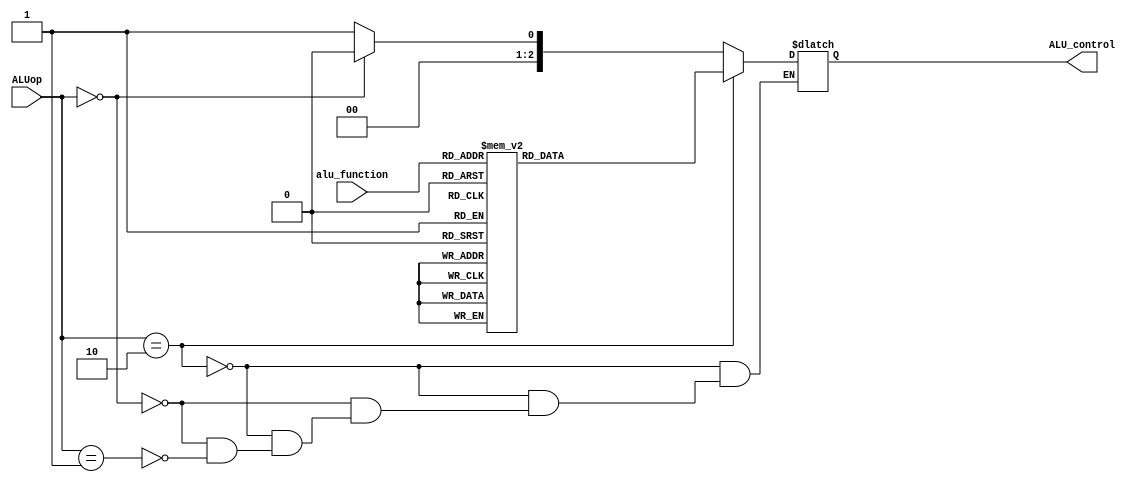
`timescale 1ns/1ns

`define S0 5'd0
`define S1 5'd1
`define S2 5'd2
`define S3 5'd3
`define S4 5'd4
`define S5 5'd5
`define S6 5'd6
`define S7 5'd7
`define S8 5'd8
`define S9 5'd9
`define S10 5'd10
`define S11 5'd11
`define S12 5'd12
`define S13 5'd13
`define S14 5'd14
`define S15 5'd15
`define S16 5'd16

`define ADD 3'd0
`define SUB 3'd1
`define RSB 3'd2
`define AND 3'd3
`define NOT 3'd4
`define TST 3'd5
`define CMP 3'd6
`define MOV 3'd7

`define DPI 2'd2
`define DTI 2'd0
`define BI 2'd1

module ALU_controller(ALUop, alu_function, ALU_control);
	input [1:0] ALUop;
	input [2:0] alu_function;
	output [2:0] ALU_control;
	reg [2:0] ALU_control;
	always @(ALUop, alu_function)begin
		if(ALUop == `DPI)
			case(alu_function)
				`ADD:ALU_control = 3'd0;
				`SUB:ALU_control = 3'd1;
				`RSB:ALU_control = 3'd1;
				`AND:ALU_control = 3'd2;
				`NOT:ALU_control = 3'd3;
				`TST:ALU_control = 3'd2;
				`CMP:ALU_control = 3'd1;
				`MOV:ALU_control = 3'd4;
			endcase
		else if(ALUop == `DTI)
			ALU_control = 3'd0;
		else if(ALUop == `BI)
			ALU_control = 3'd1;
	end
endmodule

module controller(clk, rst, condition, Memory_out, ALUop, PC_Write, IR_Write, regwrite, ld_V, ld_N, ld_Z, ld_C, I_or_D, WD_sel, MDR_sel, OP_sel, OP2_sel, MUX_sel, Pc_set, Data_sel, rr_sel, wr_sel, MemWrite, MemRead);
	input clk, rst, condition;
	input [31:0] Memory_out;
	output PC_Write, IR_Write, regwrite, ld_V, ld_N, ld_Z, ld_C, I_or_D, WD_sel, MDR_sel, OP_sel, OP2_sel, MUX_sel, Pc_set, Data_sel, rr_sel, wr_sel, MemWrite, MemRead;
	output [1:0]ALUop;
	reg [1:0]ALUop;
	reg PC_Write, IR_Write, regwrite, ld_V, ld_N, ld_Z, ld_C, I_or_D, WD_sel, MDR_sel, OP_sel, OP2_sel, MUX_sel, Pc_set, Data_sel, rr_sel, wr_sel, MemWrite, MemRead;
	reg [4:0] ps,ns;
	wire L1, L2, I, DPI, DTI, BI, ADD, SUB;
	assign L1 = Memory_out[20];
	assign L2 = Memory_out[26];
	assign I = Memory_out[23];
	assign DPI = (Memory_out[29:24] == 6'b0)?1'b1:1'b0;
	assign DTI = (Memory_out[29:21] == 9'b010000000)?1'b1:1'b0;
	assign BI = (Memory_out[29:27] == 3'b101)?1'b1:1'b0;
	//initial begin ps<=`S0;end
	always @(posedge clk)begin
		if(rst)
			ps <= `S0;
		else
			ps <= ns;
	end
	always @(ps)begin
		ns=`S0;
		case(ps)
			`S0:ns =`S1;
			//`S1:ns = condition?(DTI?(L1?`S2:`S4):(DPI?(I?`S11:`S10):(BI?`S7:`S0))):`S0;
			`S1:if (condition == 1'b1)begin 
				if(DTI == 1'b1)begin 
					if(L1 == 1'b1) ns=`S2;
					else ns=`S4;
				end
				else if(DPI == 1'b1)begin
					if(I == 1'b1) ns=`S11;
					else ns=`S10;
				end
				else if(BI==1'b1) ns=`S7;
			end
			else begin
				ns=`S15;end 
			`S2:ns = `S3;
			`S3:ns = `S15;
			`S4:ns = `S5;
			`S5:ns = `S6;
			`S6:ns = `S15;
			`S7:ns = L2?`S9:`S8;
			`S8:ns =`S15;
			`S9:ns = `S15;
			`S10:ns = (Memory_out[22:20] == `ADD | Memory_out[22:20] == `SUB | Memory_out[22:20] == `RSB | Memory_out[22:20] == `CMP)?`S12:`S14;
			`S11:ns = (Memory_out[22:20] == `ADD | Memory_out[22:20] == `SUB | Memory_out[22:20] == `RSB | Memory_out[22:20] == `CMP)?`S12:`S14;
			`S12:ns = (Memory_out[22:20] != `CMP)?`S13:`S15;
			`S13:ns = `S15;
			`S14:ns = (Memory_out[22:20] != `TST)?`S13:`S15;
			`S15:ns = `S16;
			`S16:ns = `S0;
			default:ns = `S0;
		endcase
	end
	always @(ps)begin
		//{PC_Write, IR_Write, regwrite, ld_V, ld_N, ld_Z, ld_C, I_or_D, WD_sel, MDR_sel, OP_sel, OP2_sel, MUX_sel, Pc_set, Data_sel, rr_sel, wr_sel, MemWrite, MemRead, ALUop}=21'd0;
		case(ps)
			`S0: begin {MemRead, IR_Write}=2'b11;{PC_Write, regwrite, ld_V, ld_N, ld_Z, ld_C, I_or_D, WD_sel, MDR_sel, OP_sel, OP2_sel, MUX_sel, Pc_set, Data_sel, rr_sel, wr_sel, MemWrite}=17'd0;end
			`S1:{PC_Write, IR_Write, regwrite, ld_V, ld_N, ld_Z, ld_C, I_or_D, WD_sel, MDR_sel, OP_sel, OP2_sel, MUX_sel, Pc_set, Data_sel, rr_sel, wr_sel, MemWrite, MemRead, ALUop}=21'd0;
			`S2: begin {OP2_sel, rr_sel}=2'b11;{PC_Write, IR_Write, regwrite, ld_V, ld_N, ld_Z, ld_C, I_or_D, WD_sel, MDR_sel, OP_sel, MUX_sel, Pc_set, Data_sel, wr_sel, MemWrite, MemRead, ALUop}=19'd0;end
			`S3: begin {I_or_D, MemWrite} = 2'b11;{PC_Write, IR_Write, regwrite, ld_V, ld_N, ld_Z, ld_C, WD_sel, MDR_sel, OP_sel, OP2_sel, MUX_sel, Pc_set, Data_sel, wr_sel, MemRead, ALUop}=18'd0;end
			`S4: begin {OP2_sel} = 1'b1;{PC_Write, IR_Write, regwrite, ld_V, ld_N, ld_Z, ld_C, I_or_D, WD_sel, MDR_sel, OP_sel, MUX_sel, Pc_set, Data_sel, rr_sel, wr_sel, MemWrite, MemRead, ALUop}=20'd0;end
			`S5: begin {I_or_D, MemRead} = 2'b11;{PC_Write, IR_Write, regwrite, ld_V, ld_N, ld_Z, ld_C, WD_sel, MDR_sel, OP_sel, OP2_sel, MUX_sel, Pc_set, Data_sel, rr_sel, wr_sel, MemWrite, ALUop}=19'd0;end
			`S6: begin regwrite = 1'b1;{PC_Write, IR_Write, ld_V, ld_N, ld_Z, ld_C, I_or_D, WD_sel, MDR_sel, OP_sel, OP2_sel, MUX_sel, Pc_set, Data_sel, rr_sel, wr_sel, MemWrite, MemRead, ALUop}=20'd0;end
			`S7: begin {Data_sel, Pc_set, OP_sel} = 3'b111;{PC_Write, IR_Write, regwrite, ld_V, ld_N, ld_Z, ld_C, I_or_D, WD_sel, MDR_sel, OP2_sel, MUX_sel, rr_sel, wr_sel, MemWrite, MemRead, ALUop}=18'd0;end
			`S8: begin {PC_Write}=1'b1;{IR_Write, regwrite, ld_V, ld_N, ld_Z, ld_C, I_or_D, WD_sel, MDR_sel, OP2_sel, rr_sel, wr_sel, MemWrite, MemRead, ALUop}=16'd0;end
			`S9: begin {Pc_set, MUX_sel, PC_Write, wr_sel, regwrite, WD_sel} = 6'b111111;{IR_Write, ld_V, ld_N, ld_Z, ld_C, I_or_D, MDR_sel, OP_sel, OP2_sel, Data_sel, rr_sel, MemWrite, MemRead, ALUop}=15'd0;end
			`S10: begin {ALUop} = 2'b10;{PC_Write, IR_Write, regwrite, ld_V, ld_N, ld_Z, ld_C, I_or_D, WD_sel, MDR_sel, OP_sel, OP2_sel, MUX_sel, Pc_set, Data_sel, rr_sel, wr_sel, MemWrite, MemRead}=19'd0;end
			`S11: begin {OP2_sel, ALUop} = 3'b110;{PC_Write, IR_Write, regwrite, ld_V, ld_N, ld_Z, ld_C, I_or_D, WD_sel, MDR_sel, OP_sel, MUX_sel, Pc_set, Data_sel, rr_sel, wr_sel, MemWrite, MemRead}=18'd0;end
			`S12: begin {regwrite, MDR_sel, ld_V, ld_N, ld_Z, ld_C}=6'b111111;{PC_Write, IR_Write, I_or_D, WD_sel, OP_sel, MUX_sel, Pc_set, Data_sel, rr_sel, wr_sel, MemWrite, MemRead}=12'd0;end
			`S13:{PC_Write, IR_Write, regwrite, ld_V, ld_N, ld_Z, ld_C, I_or_D, WD_sel, MDR_sel, OP_sel, OP2_sel, MUX_sel, Pc_set, Data_sel, rr_sel, wr_sel, MemWrite, MemRead, ALUop}=21'd0;
			`S14: begin {regwrite, MDR_sel, ld_Z, ld_N}=4'b1111;{PC_Write, IR_Write, ld_V, ld_C, I_or_D, WD_sel, OP2_sel, OP_sel, MUX_sel, Pc_set, Data_sel, rr_sel, wr_sel, MemWrite, MemRead, ALUop}=17'd0;end
		        `S15:{PC_Write, IR_Write, regwrite, ld_V, ld_N, ld_Z, ld_C, I_or_D, WD_sel, MDR_sel, OP_sel, OP2_sel, MUX_sel, Pc_set, Data_sel, rr_sel, wr_sel, MemWrite, MemRead, ALUop}=21'd0;
			`S16: begin {PC_Write, Data_sel, OP_sel}=3'b111;{IR_Write, regwrite, ld_V, ld_N, ld_Z, ld_C, I_or_D, WD_sel, MDR_sel, OP2_sel, MUX_sel, Pc_set, rr_sel, wr_sel, MemWrite, MemRead, ALUop}=18'd0;end
		endcase
	end
endmodule